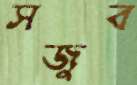
সজুব